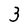
Character: 3